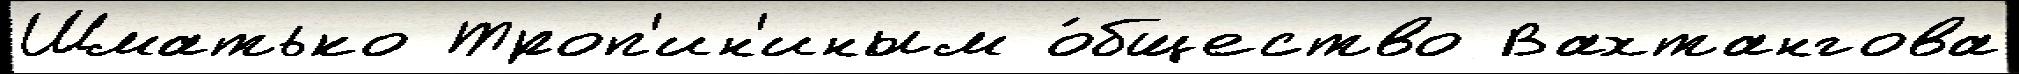
Шматько Троп'ин'иным о́бщество Вахтангова